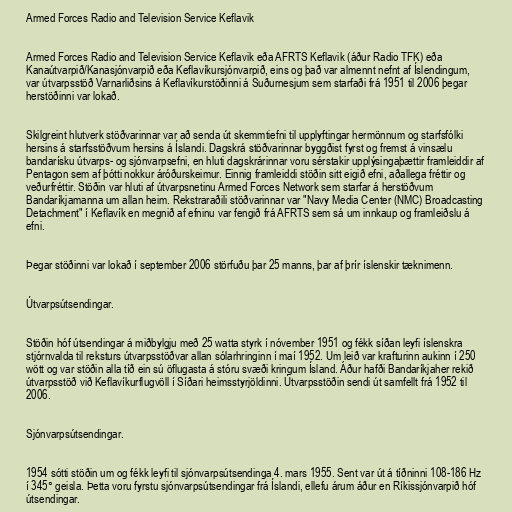
Armed Forces Radio and Television Service Keflavik

Armed Forces Radio and Television Service Keflavik eða AFRTS Keflavik (áður Radio TFK) eða
Kanaútvarpið/Kanasjónvarpið eða Keflavíkursjónvarpið, eins og það var almennt nefnt af Íslendingum,
var útvarpsstöð Varnarliðsins á Keflavíkurstöðinni á Suðurnesjum sem starfaði frá 1951 til 2006 þegar
herstöðinni var lokað.

Skilgreint hlutverk stöðvarinnar var að senda út skemmtiefni til upplyftingar hermönnum og starfsfólki
hersins á starfsstöðvum hersins á Íslandi. Dagskrá stöðvarinnar byggðist fyrst og fremst á vinsælu
bandarísku útvarps- og sjónvarpsefni, en hluti dagskrárinnar voru sérstakir upplýsingaþættir framleiddir af
Pentagon sem af þótti nokkur áróðurskeimur. Einnig framleiddi stöðin sitt eigið efni, aðallega fréttir og
veðurfréttir. Stöðin var hluti af útvarpsnetinu Armed Forces Network sem starfar á herstöðvum
Bandaríkjamanna um allan heim. Rekstraraðili stöðvarinnar var "Navy Media Center (NMC) Broadcasting
Detachment" í Keflavík en megnið af efninu var fengið frá AFRTS sem sá um innkaup og framleiðslu á
efni.

Þegar stöðinni var lokað í september 2006 störfuðu þar 25 manns, þar af þrír íslenskir tæknimenn.

Útvarpsútsendingar.

Stöðin hóf útsendingar á miðbylgju með 25 watta styrk í nóvember 1951 og fékk síðan leyfi íslenskra
stjórnvalda til reksturs útvarpsstöðvar allan sólarhringinn í maí 1952. Um leið var krafturinn aukinn í 250
wött og var stöðin alla tíð ein sú öflugasta á stóru svæði kringum Ísland. Áður hafði Bandaríkjaher rekið
útvarpsstöð við Keflavíkurflugvöll í Síðari heimsstyrjöldinni. Útvarpsstöðin sendi út samfellt frá 1952 til
2006.

Sjónvarpsútsendingar.

1954 sótti stöðin um og fékk leyfi til sjónvarpsútsendinga 4. mars 1955. Sent var út á tíðninni 108-186 Hz
í 345° geisla. Þetta voru fyrstu sjónvarpsútsendingar frá Íslandi, ellefu árum áður en Ríkissjónvarpið hóf
útsendingar.